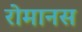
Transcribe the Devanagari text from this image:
रोमानस